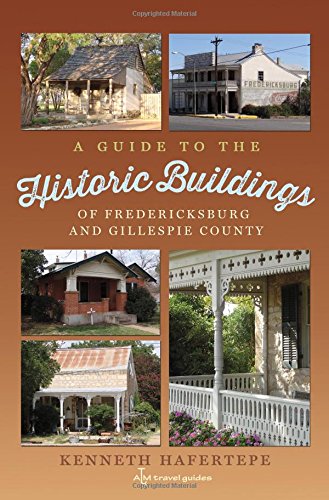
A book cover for A Guide to the Historic Buildings of Fredericksburg and Gillespie County; Kenneth Hafertepe; Arts & Photography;